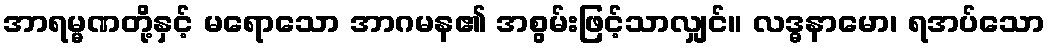
အာရမ္မဏတို့နှင့် မရောသော အာဂမန၏ အစွမ်းဖြင့်သာလျှင်။ လဒ္ဓနာမော၊ ရအပ်သော